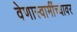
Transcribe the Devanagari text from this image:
वेणास्वामींच्यावर